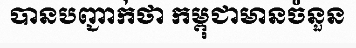
បានបញ្ជាក់ថា កម្ពុជាមានចំនួន